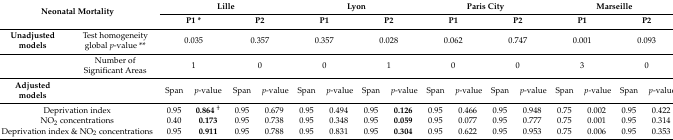
<table><thead><tr><td rowspan="2" colspan="2"><b>Neonatal Mortality</b></td><td colspan="4"><b>Lille</b></td><td colspan="4"><b>Lyon</b></td><td colspan="4"><b>Paris City</b></td><td colspan="4"><b>Marseille</b></td></tr><tr><td colspan="2"><b>P1 *</b></td><td colspan="2"><b>P2</b></td><td colspan="2"><b>P1</b></td><td colspan="2"><b>P2</b></td><td colspan="2"><b>P1</b></td><td colspan="2"><b>P2</b></td><td colspan="2"><b>P1</b></td><td colspan="2"><b>P2</b></td></tr></thead><tbody><tr><td><b>Unadjusted models</b></td><td>Test homogeneity global <i>p</i>-value **</td><td colspan="2">0.035</td><td colspan="2">0.357</td><td colspan="2">0.357</td><td colspan="2">0.028</td><td colspan="2">0.062</td><td colspan="2">0.747</td><td colspan="2">0.001</td><td colspan="2">0.093</td></tr><tr><td></td><td>Number of Significant Areas</td><td colspan="2">1</td><td colspan="2">0</td><td colspan="2">0</td><td colspan="2">1</td><td colspan="2">0</td><td colspan="2">0</td><td colspan="2">3</td><td colspan="2">0</td></tr><tr><td><b>Adjusted models</b></td><td></td><td>Span</td><td><i>p</i>-value</td><td>Span</td><td><i>p</i>-value</td><td>Span</td><td><i>p</i>-value</td><td>Span</td><td><i>p</i>-value</td><td>Span</td><td><i>p</i>-value</td><td>Span</td><td><i>p</i>-value</td><td>Span</td><td><i>p</i>-value</td><td>Span</td><td><i>p</i>-value</td></tr><tr><td colspan="2">Deprivation index</td><td>0.95</td><td><b>0.864</b><sup>†</sup></td><td>0.95</td><td>0.679</td><td>0.95</td><td>0.494</td><td>0.95</td><td><b>0.126</b></td><td>0.95</td><td>0.466</td><td>0.95</td><td>0.948</td><td>0.75</td><td>0.002</td><td>0.95</td><td>0.422</td></tr><tr><td colspan="2">NO<sub>2</sub> concentrations</td><td>0.40</td><td><b>0.173</b></td><td>0.95</td><td>0.738</td><td>0.95</td><td>0.348</td><td>0.95</td><td><b>0.059</b></td><td>0.95</td><td>0.077</td><td>0.95</td><td>0.777</td><td>0.75</td><td>0.001</td><td>0.95</td><td>0.314</td></tr><tr><td colspan="2">Deprivation index &amp; NO<sub>2</sub> concentrations</td><td>0.95</td><td><b>0.911</b></td><td>0.95</td><td>0.788</td><td>0.95</td><td>0.831</td><td>0.95</td><td><b>0.304</b></td><td>0.95</td><td>0.622</td><td>0.95</td><td>0.953</td><td>0.75</td><td>0.006</td><td>0.95</td><td>0.353</td></tr></tbody></table>